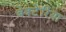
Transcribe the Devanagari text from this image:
बेक्टेरिया